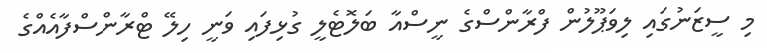
މި ސީޒަނުގައި ލިވަޕޫލުން ފްރާންސްގެ ނީސްއާ ބަލޮޓެލީ ގުޅިފައި ވަނީ ހިލޭ ޓްރާންސްފާއެއްގެ